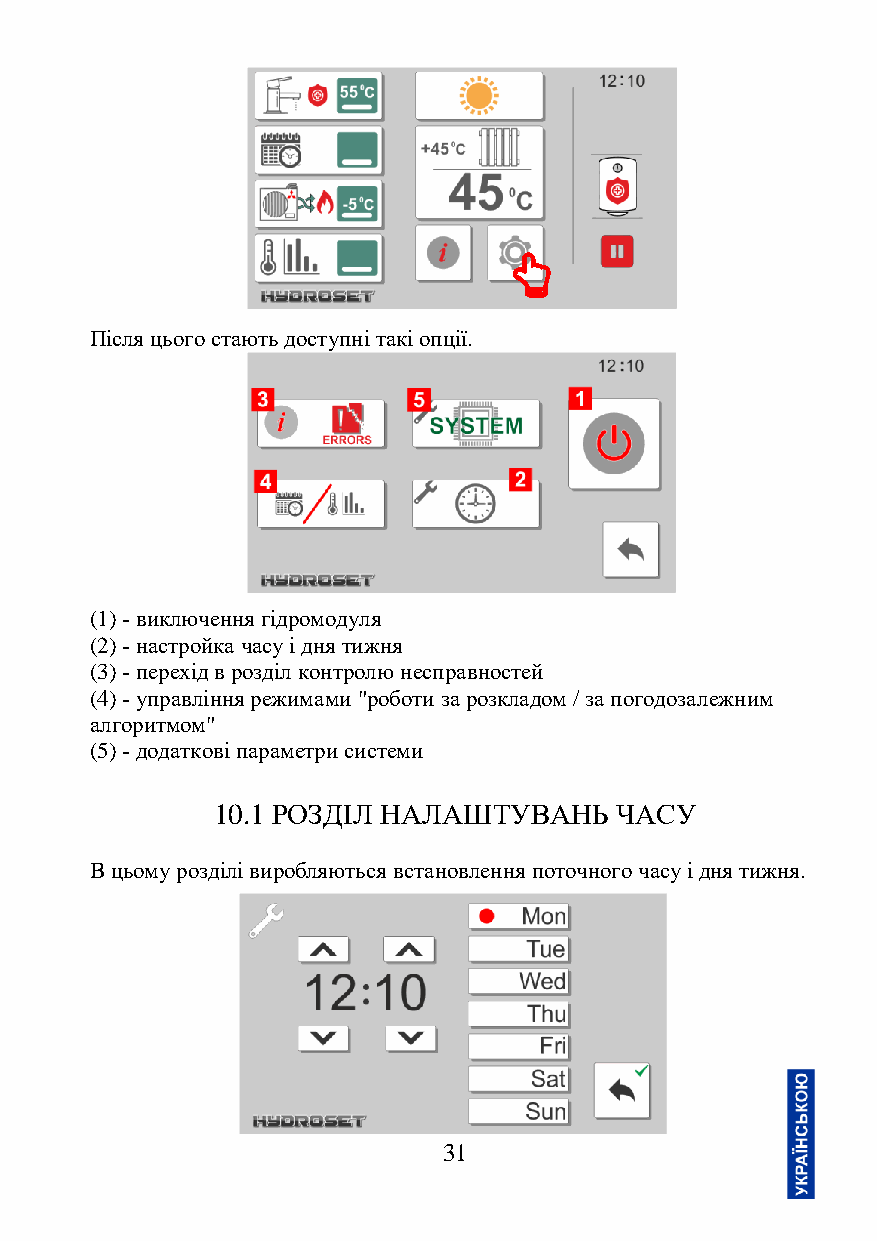
Після цього стають доступні такі опції.
 (1) - виключення гідромодуля
 (2) - настройка часу і дня тижня
 (3) - перехід в розділ контролю несправностей
 (4) - управління режимами "роботи за розкладом / за погодозалежним
 алгоритмом"
 (5) - додаткові параметри системи
 10.1 РОЗДІЛ НАЛАШТУВАНЬ    ЧАСУ
 В цьому розділі виробляються встановлення поточного часу і дня тижня.
 31